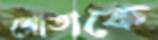
শ্রোতাকে